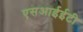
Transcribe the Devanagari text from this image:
एसआईईटी